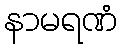
နာမရဏံ